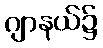
ဂျာနယ်၌